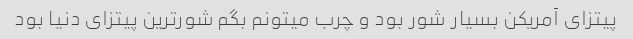
پیتزای آمریکن بسیار شور بود و چرب میتونم بگم شورترین پیتزای دنیا بود